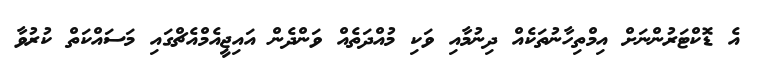
އެ ޑޮކްޓަރުންނަށް އިމްތިހާނުތަކެއް ދިނުމާއި ވަކި މުއްދަތެއް ވަންދެން އައިޖީއެމްއެޗްގައި މަސައްކަތް ކުރުވާ